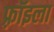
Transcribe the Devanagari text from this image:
फ़्रॉइला